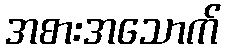
အစားအသောက်